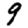
Digit: 9